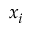
x _ { i }